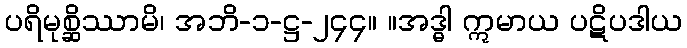
ပရိမုစ္ဆိဿာမိ၊ အဘိ-၁-ဋ္ဌ-၂၄၄။ ။အဒ္ဓါ ဣမာယ ပဋိပဒါယ